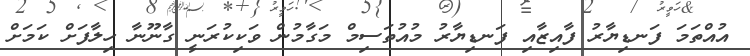
އުއްތަމަ ފަނޑިޔާރު ފާއިޒާއި ފަނޑިޔާރު މުއުތަސިމް މަގާމުން ވަކިކުރަނީ ގާނޫނާ ހިލާފަށް ކަމަށް